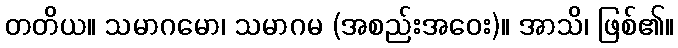
တတိယ။ သမာဂမော၊ သမာဂမ (အစည်းအဝေး)။ အာသိ၊ ဖြစ်၏။